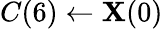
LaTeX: C(6)\leftarrow\mathbf{X}(0)